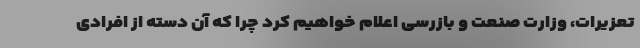
تعزیرات، وزارت صنعت و بازرسی اعلام خواهیم کرد چرا که آن دسته از افرادی